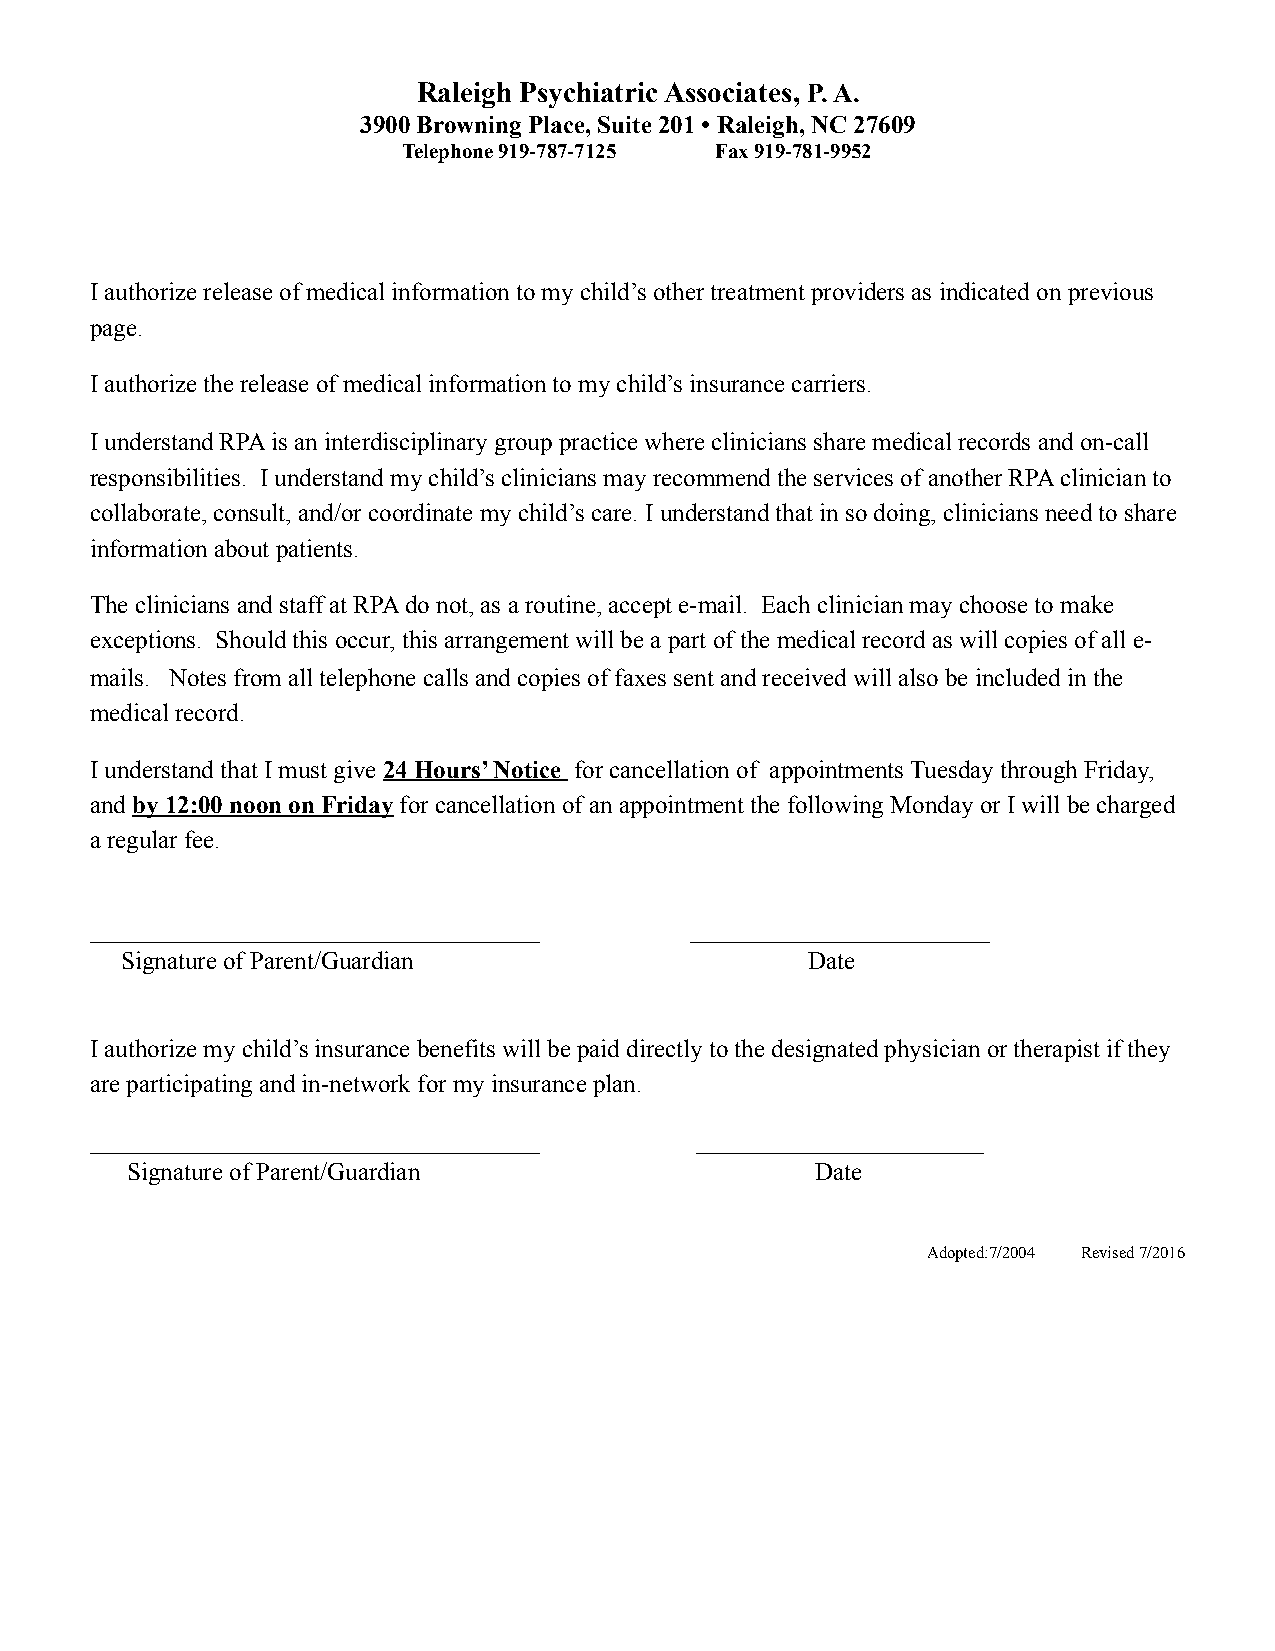
Raleigh Psychiatric Associates, P. A.
 3900 Browning Place, Suite 201 • Raleigh, NC 27609
 Telephone 919-787-7125 Fax 919-781-9952
 I authorize release of medical information to my child’s other treatment providers as indicated on previous
 page.
 I authorize the release of medical information to my child’s insurance carriers.
 I understand RPA is an interdisciplinary group practice where clinicians share medical records and on-call
 responsibilities. I understand my child’s clinicians may recommend the services of another RPA clinician to
 collaborate, consult, and/or coordinate my child’s care. I understand that in so doing, clinicians need to share
 information about patients.
 The clinicians and staff at RPA do not, as a routine, accept e-mail. Each clinician may choose to make
 exceptions. Should this occur, this arrangement will be a part of the medical record as will copies of all e-
 mails. Notes from all telephone calls and copies of faxes sent and received will also be included in the
 medical record.
 I understand that I must give 24 Hours’ Notice for cancellation of appointments Tuesday through Friday,
 and by 12:00 noon on Friday for cancellation of an appointment the following Monday or I will be charged
 a regular fee.
 ____________________________________    ________________________
 Signature of Parent/Guardian                 Date
 I authorize my child’s insurance benefits will be paid directly to the designated physician or therapist if they
 are participating and in-network for my insurance plan.
 ____________________________________    _______________________
 Signature of Parent/Guardian                  Date
 Adopted:7/2004 Revised 7/2016